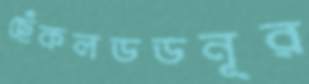
ছেঁকলডডনূর